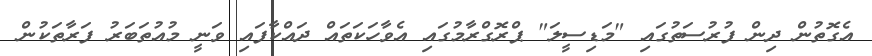
އެގޮތުން ދިން ފުރުސަތުގައި "މަޑިސީލަ" ޕްރޮގްރާމުގައި އެވާހަކަތައް ދައްކާފައި ވަނީ މުއުތަބަރު ފަރާތަކުން